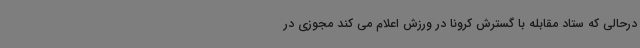
درحالی که ستاد مقابله با گسترش کرونا در ورزش اعلام می کند مجوزی در